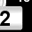
Digit: 2